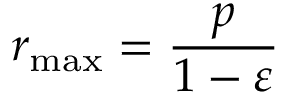
r _ { \operatorname* { m a x } } = { \frac { p } { 1 - \varepsilon } }